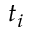
t _ { i }